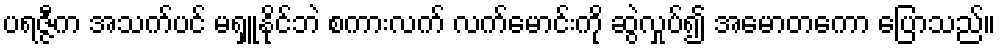
ပရဇ္ဇီက အသက်ပင် မရှူနိုင်ဘဲ စကားလက် လက်မောင်းကို ဆွဲလှုပ်၍ အမောတကော ပြောသည်။